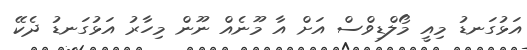
އަޅުގަނޑު މިއީ މޯލްޑިވްސް އަށް އާ މޫނެއް ނޫން މިހާރު އަޅުގަނޑު ދެކޭ